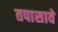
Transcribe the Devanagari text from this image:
तपासावे